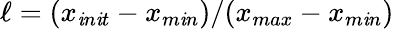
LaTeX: \ell=(x_{\mathit{i}n\mathit{i}t}-x_{m\mathit{i}n})/(x_{max}-x_{m\mathit{i}n})